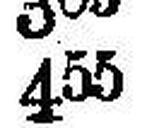
455